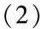
(2)